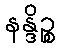
နန္ဒိဉ္စ